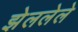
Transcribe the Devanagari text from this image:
झेललेले